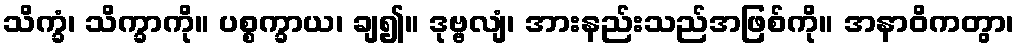
သိက္ခံ၊ သိက္ခာကို။ ပစ္စက္ခာယ၊ ချ၍။ ဒုဗ္ဗလျံ၊ အားနည်းသည်အဖြစ်ကို။ အနာဝိကတွာ၊